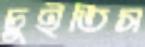
চুইতিস